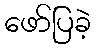
ဖော်ပြခဲ့